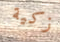
زكية